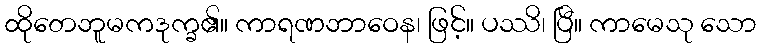
ထိုတေဘူမကဒုက္ခ၏။ ကာရဏဘာဝေန၊ ဖြင့်။ ပဿိ၊ ပြီ။ ကာမေသု သော